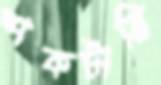
শকটারি